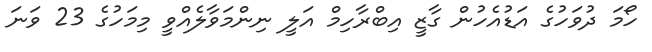
ހޯމަ ދުވަހުގެ އަޑުއެހުން ގާޒީ އިބްރާހިމް އަލީ ނިންމަވާލެއްވީ މިމަހުގެ 23 ވަނަ